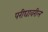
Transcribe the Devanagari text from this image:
परीघावरील